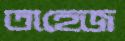
তাহেজ